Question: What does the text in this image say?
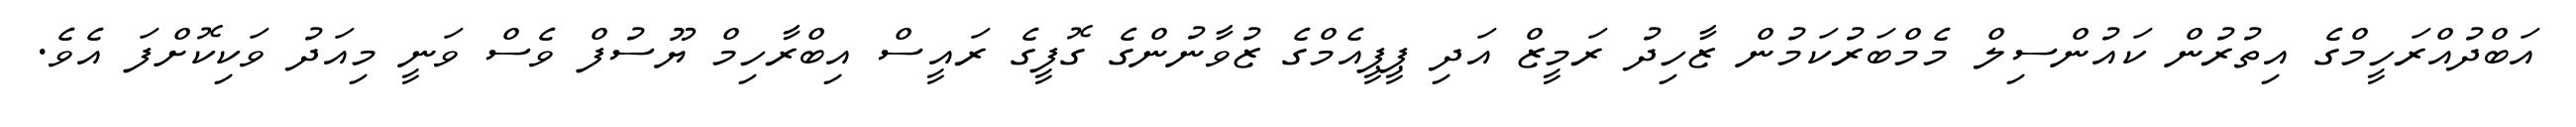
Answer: އަބްދުއްރަހީމްގެ އިތުރުން ކައުންސިލް މެމްބަރުކަމުން ޒާހިދު ރަމީޒް އަދި ޕީޕީއެމްގެ ޒުވާނުންގެ ގޮފީގެ ރައީސް އިބްރާހިމް ޔޫސުފް ވެސް ވަނީ މިއަދު ވަކިކޮށްފަ އެވެ.